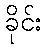
ခိုင်း